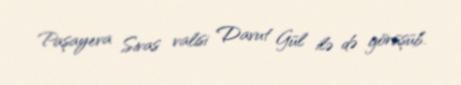
Paşayeva Sivas valisi Davut Gül ilə də görüşüb.